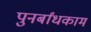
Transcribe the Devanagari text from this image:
पुनर्बांधकाम